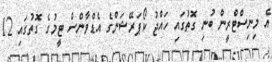
އެ މިނިސްޓްރީން ބުނި ގޮތުގައި ހައްޖު ކޯޕަރޭޝަންގެ އެޑްވާންސް ޓީމުގެ ގޮތުގައި 12